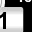
Digit: 1